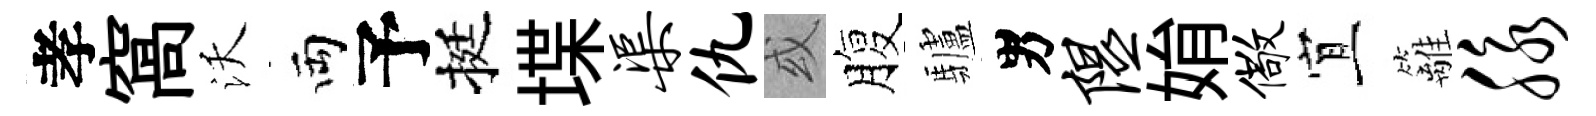
孝窩沃両予挺堞渠仇或腹驢男隰姢儆宜籬脉